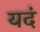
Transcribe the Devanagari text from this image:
यदं